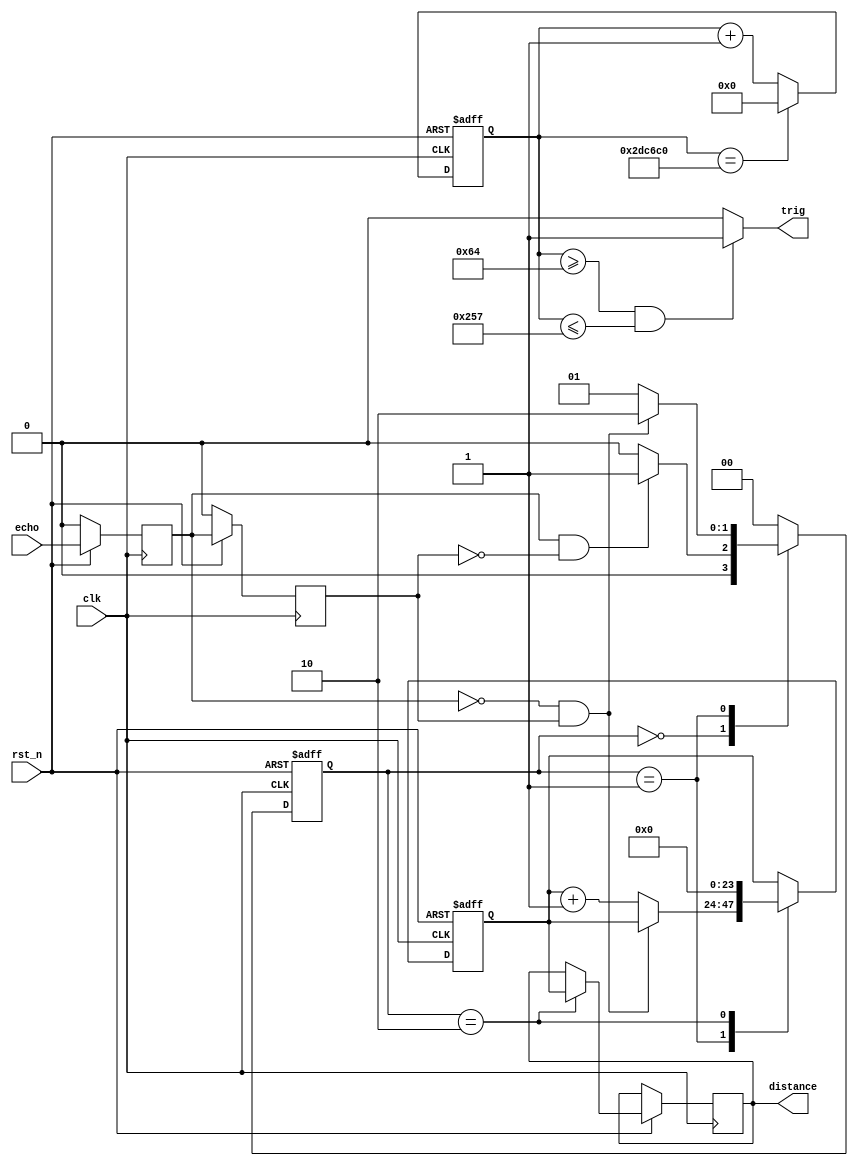
module Sonic(clk,rst_n,trig,echo,distance);
input clk,rst_n,echo;
output trig;
output wire [23:0] distance;

reg [23:0] distance_reg;
//produce trig  signal
//period 60ms


reg [21:0] counter_period;
always @( posedge clk or negedge rst_n)
begin
	if(!rst_n)
		begin
			counter_period<=0;
		end
	else  if(counter_period==22'd3000000)
				begin
					counter_period<=0;
				end
			else	
				counter_period<=counter_period+1'b1;
end

assign trig=((counter_period>=22'd100)&(counter_period<=22'd599))?1:0;

//detect echo  signal,compute the distance
wire start,finish;
reg [23:0]counter;  //compute by the max distance,max time
reg echo_reg1,echo_reg2;
assign start=echo_reg1&~echo_reg2;   //posedge
assign finish=~echo_reg1&echo_reg2;	 //negedge
always @(posedge clk)
if(!rst_n)
    begin
		echo_reg1<=0;
		echo_reg2<=0;
	end
else
	begin
		echo_reg1<=echo;
		echo_reg2<=echo_reg1;
	end

parameter idle=2'b00,state1=2'b01,state2=2'b10;

reg [1:0]state;

always @(posedge clk or negedge rst_n)
    if(!rst_n) begin	
	   state<=idle;
	   counter<=0;
	end
	else begin
	   case(state)
	       idle: begin
	           if(start)
	               state<=state1;
		       else
			       state<=idle;  
			end
			state1:	begin
                if(finish)
                    state<=state2;
				else begin
					counter <= counter + 1'b1;
					state<=state1;
                end
            end
			state2: begin
			     counter<=0;
		         distance_reg <= counter;
				 state<=idle;
			end
			default: state<=idle;
		endcase
    end
	
assign distance=distance_reg;

endmodule